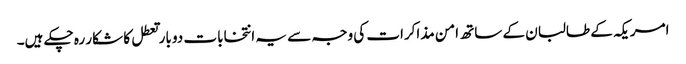
امریکہ کے طالبان کے ساتھ امن مذاکرات کی وجہ سے یہ انتخابات دو بار تعطل کا شکار رہ چکے ہیں۔